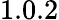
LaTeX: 1.0.2